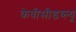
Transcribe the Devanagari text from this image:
केवीसीडब्ल्यू